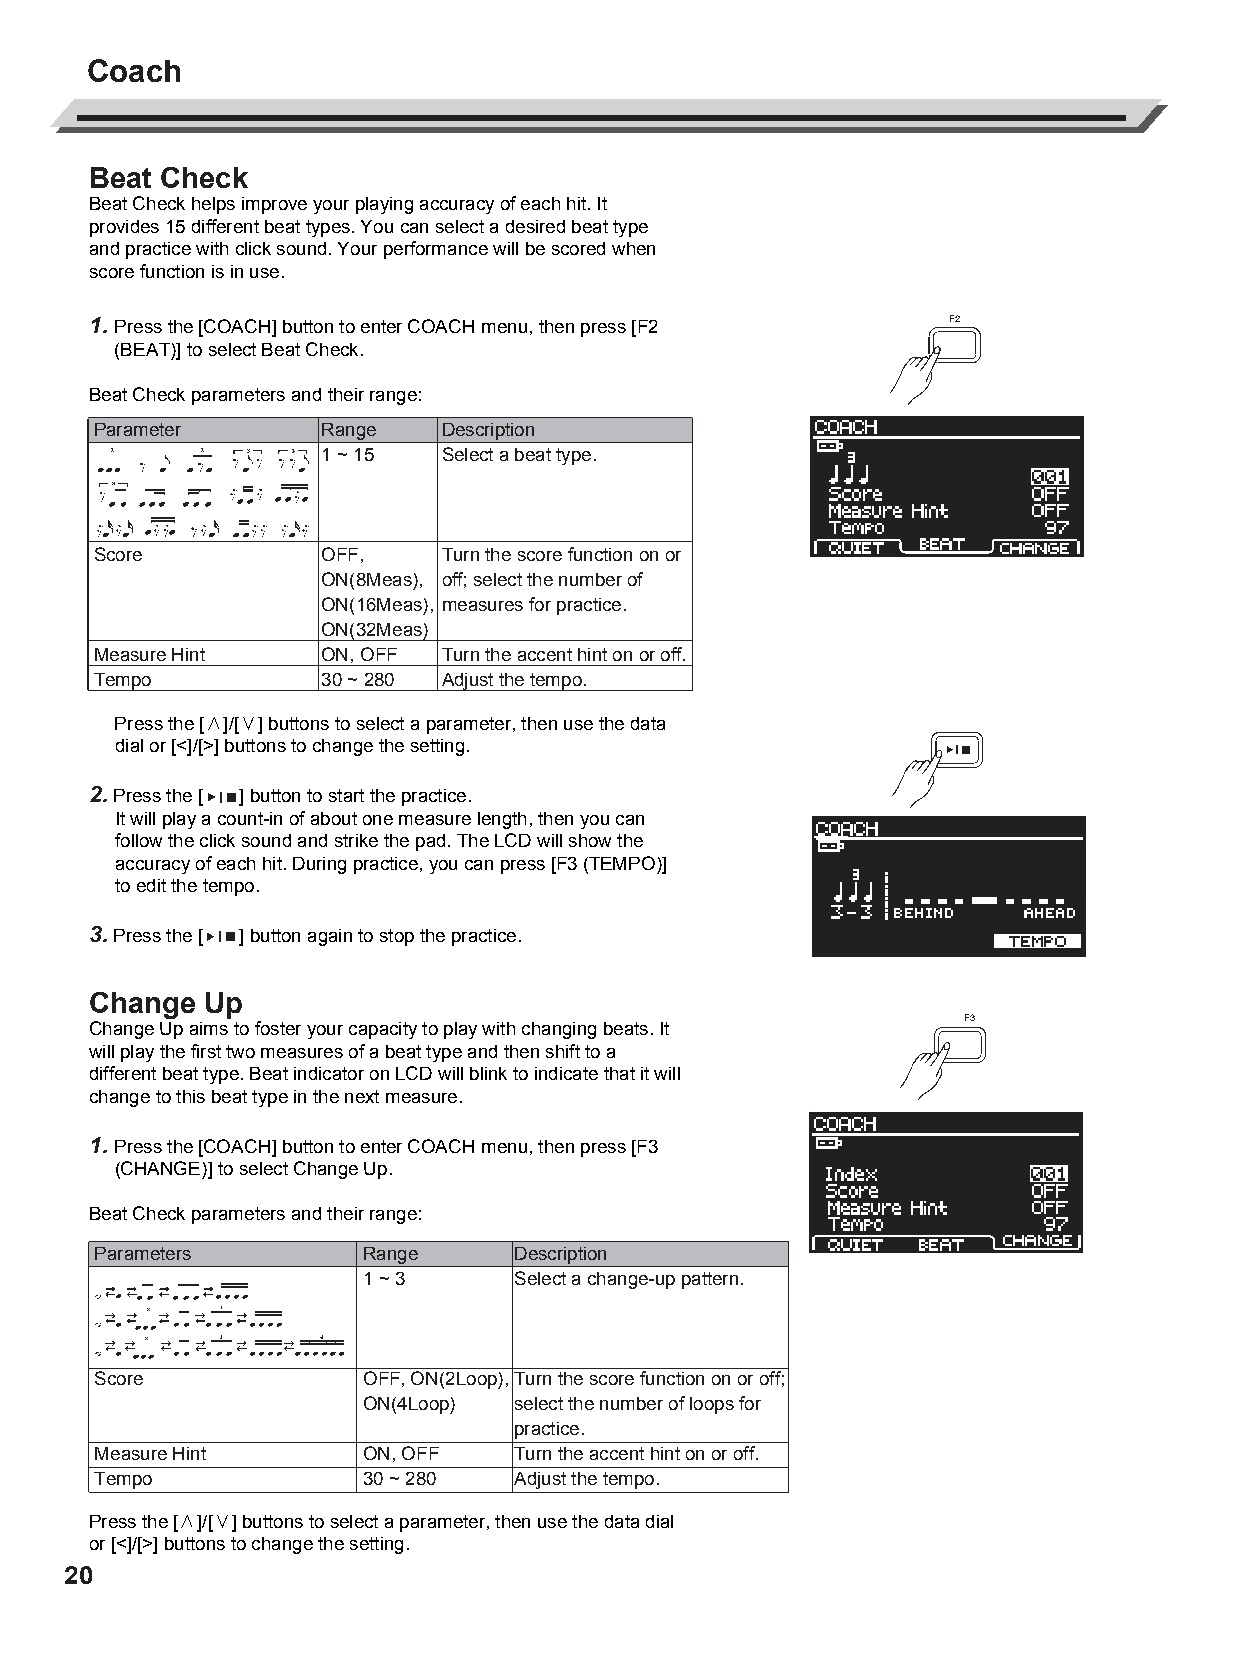
AW_DD638DX_manual_G02_180621.pdf 20 18-6-21 13:16
 Coach
 Beat Check
 Beat Check helps improve your playing accuracy of each hit. It
 provides 15 different beat types. You can select a desired beat type
 and practice with click sound. Your performance will be scored when
 score function is in use.
 1. Press the [COACH] button to enter COACH menu, then press [F2 F2
 (BEAT)] to select Beat Check.
 Beat Check parameters and their range:
 Parameter      Range   Description
 1 ~ 15  Select a beat type.
 Score          OFF,    Turn the score function on or
 ON(8Meas), off; select the number of
 ON(16Meas), measures for practice.
 ON(32Meas)
 Measure Hint   ON, OFF Turn the accent hint on or off.
 Tempo          30 ~ 280 Adjust the tempo.
 C         Press the [∧]/[∨] buttons to select a parameter, then use the data
 dial or [<]/[>] buttons to change the setting.
 M
 Y
 2. Press the [ ] button to start the practice.
 CM        It will play a count-in of about one measure length, then you can
 MY        follow the click sound and strike the pad. The LCD will show the
 accuracy of each hit. During practice, you can press [F3 (TEMPO)]
 CY
 to edit the tempo.
 CMY
 K       3. Press the [ ] button again to stop the practice.
 Change  Up
 F3
 Change Up aims to foster your capacity to play with changing beats. It
 will play the first two measures of a beat type and then shift to a
 different beat type. Beat indicator on LCD will blink to indicate that it will
 change to this beat type in the next measure.
 1. Press the [COACH] button to enter COACH menu, then press [F3
 (CHANGE)] to select Change Up.
 Beat Check parameters and their range:
 Parameters        Range     Description
 1 ~ 3     Select a change-up pattern.
 Score             OFF, ON(2Loop), Turn the score function on or off;
 ON(4Loop) select the number of loops for
 practice.
 Measure Hint      ON, OFF   Turn the accent hint on or off.
 Tempo             30 ~ 280  Adjust the tempo.
 Press the [∧]/[∨] buttons to select a parameter, then use the data dial
 or [<]/[>] buttons to change the setting.
 20